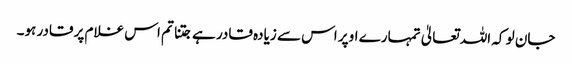
جان لو کہ اللہ تعالیٰ تمہارے اوپر اس سے زیادہ قادر ہے جتنا تم اس غلام پر قادر ہو۔